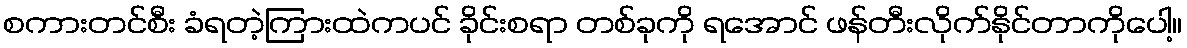
စကားတင်စီး ခံရတဲ့ကြားထဲကပင် ခိုင်းစရာ တစ်ခုကို ရအောင် ဖန်တီးလိုက်နိုင်တာကိုပေါ့။